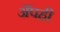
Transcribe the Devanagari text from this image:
अॅपही